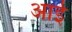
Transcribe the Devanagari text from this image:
आईँ